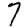
Digit: 7